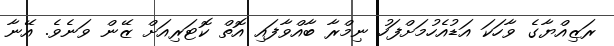
ރަޒިއްޔާގެ ވާހަކަ އަޑުއެހުމަށްފަހު ނިމްރާ ބާއްވާފައި އޮތް ކޮޓަރިއަށް ޒޭން ވަނެވެ. އޭނާ